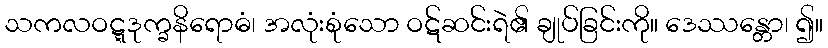
သကလဝဋ္ဋဒုက္ခနိရောဓံ၊ အလုံးစုံသော ဝဋ်ဆင်းရဲ၏ ချုပ်ခြင်းကို။ ဒေဿန္တော၊ ၍။